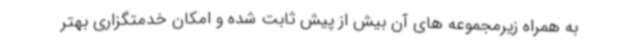
به همراه زیرمجموعه های آن بیش از پیش ثابت شده و امکان خدمتگزاری بهتر